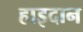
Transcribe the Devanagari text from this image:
हाइदान